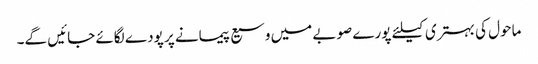
ماحول کی بہتری کیلئے پورے صوبے میں وسیع پیمانے پر پودے لگائے جائیں گے۔